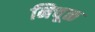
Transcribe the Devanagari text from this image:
निचूळ